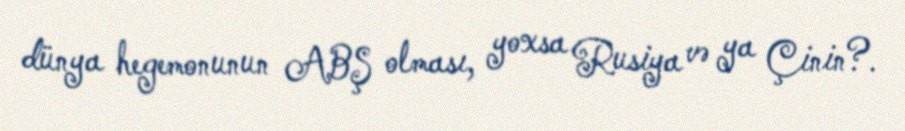
dünya hegemonunun ABŞ olması, yoxsa Rusiya və ya Çinin?.